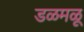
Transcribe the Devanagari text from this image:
डळमळू